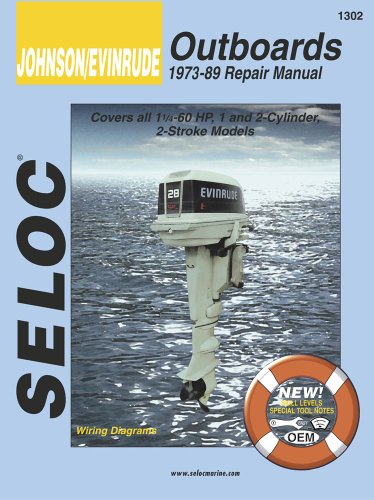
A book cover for Johnson/Evinrude Outboards 1973-89 Repair Manual; Clarence W. Coles; Engineering & Transportation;